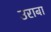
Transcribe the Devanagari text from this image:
उराबा